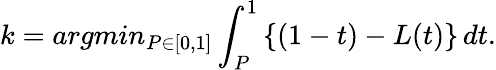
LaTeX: k=argmin_{P\in[0,1]}\int_{P}^{1}\left\{ (1-t)-L(t)\right\} \, dt.